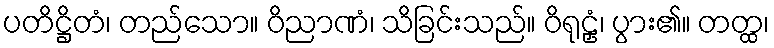
ပတိဋ္ဌိတံ၊ တည်သော။ ဝိညာဏံ၊ သိခြင်းသည်။ ဝိရုဠှံ၊ ပွား၏။ တတ္ထ၊